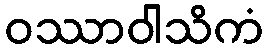
ဝဿာဝါသိကံ